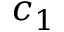
c _ { 1 }